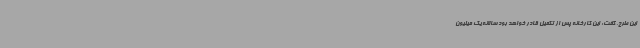
این طرح، گفت: این کارخانه ‌پس از تکمیل قادر خواهد بود سالانه یک میلیون